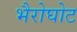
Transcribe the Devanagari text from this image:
भैरोघोट